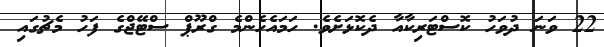
22 ވަނަ ދުވަހު ކޮސްޓަރިކާއާ ދެކޮޅަށެވެ. ހަމައެހެންމެ ގްރޫޕް ސްޓޭޖްގެ ފަހު މެޗުގައި